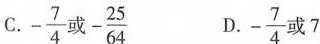
C. $$- \frac{7}{4}$$ 成- $$- \frac{25}{64}$$ D. $$- \frac{7}{4}$$ 或7